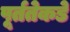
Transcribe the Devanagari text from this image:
पूर्ततेकडे